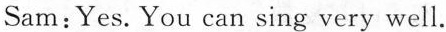
Sam: Yes. You can sing very well.